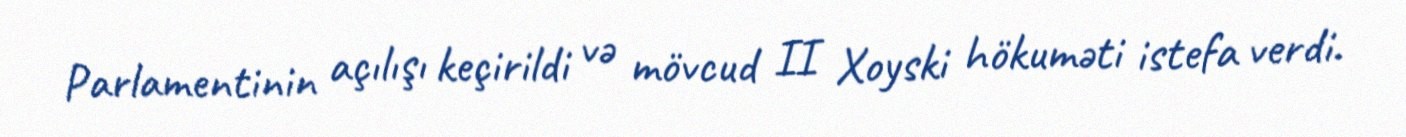
Parlamentinin açılışı keçirildi və mövcud II Xoyski hökuməti istefa verdi.